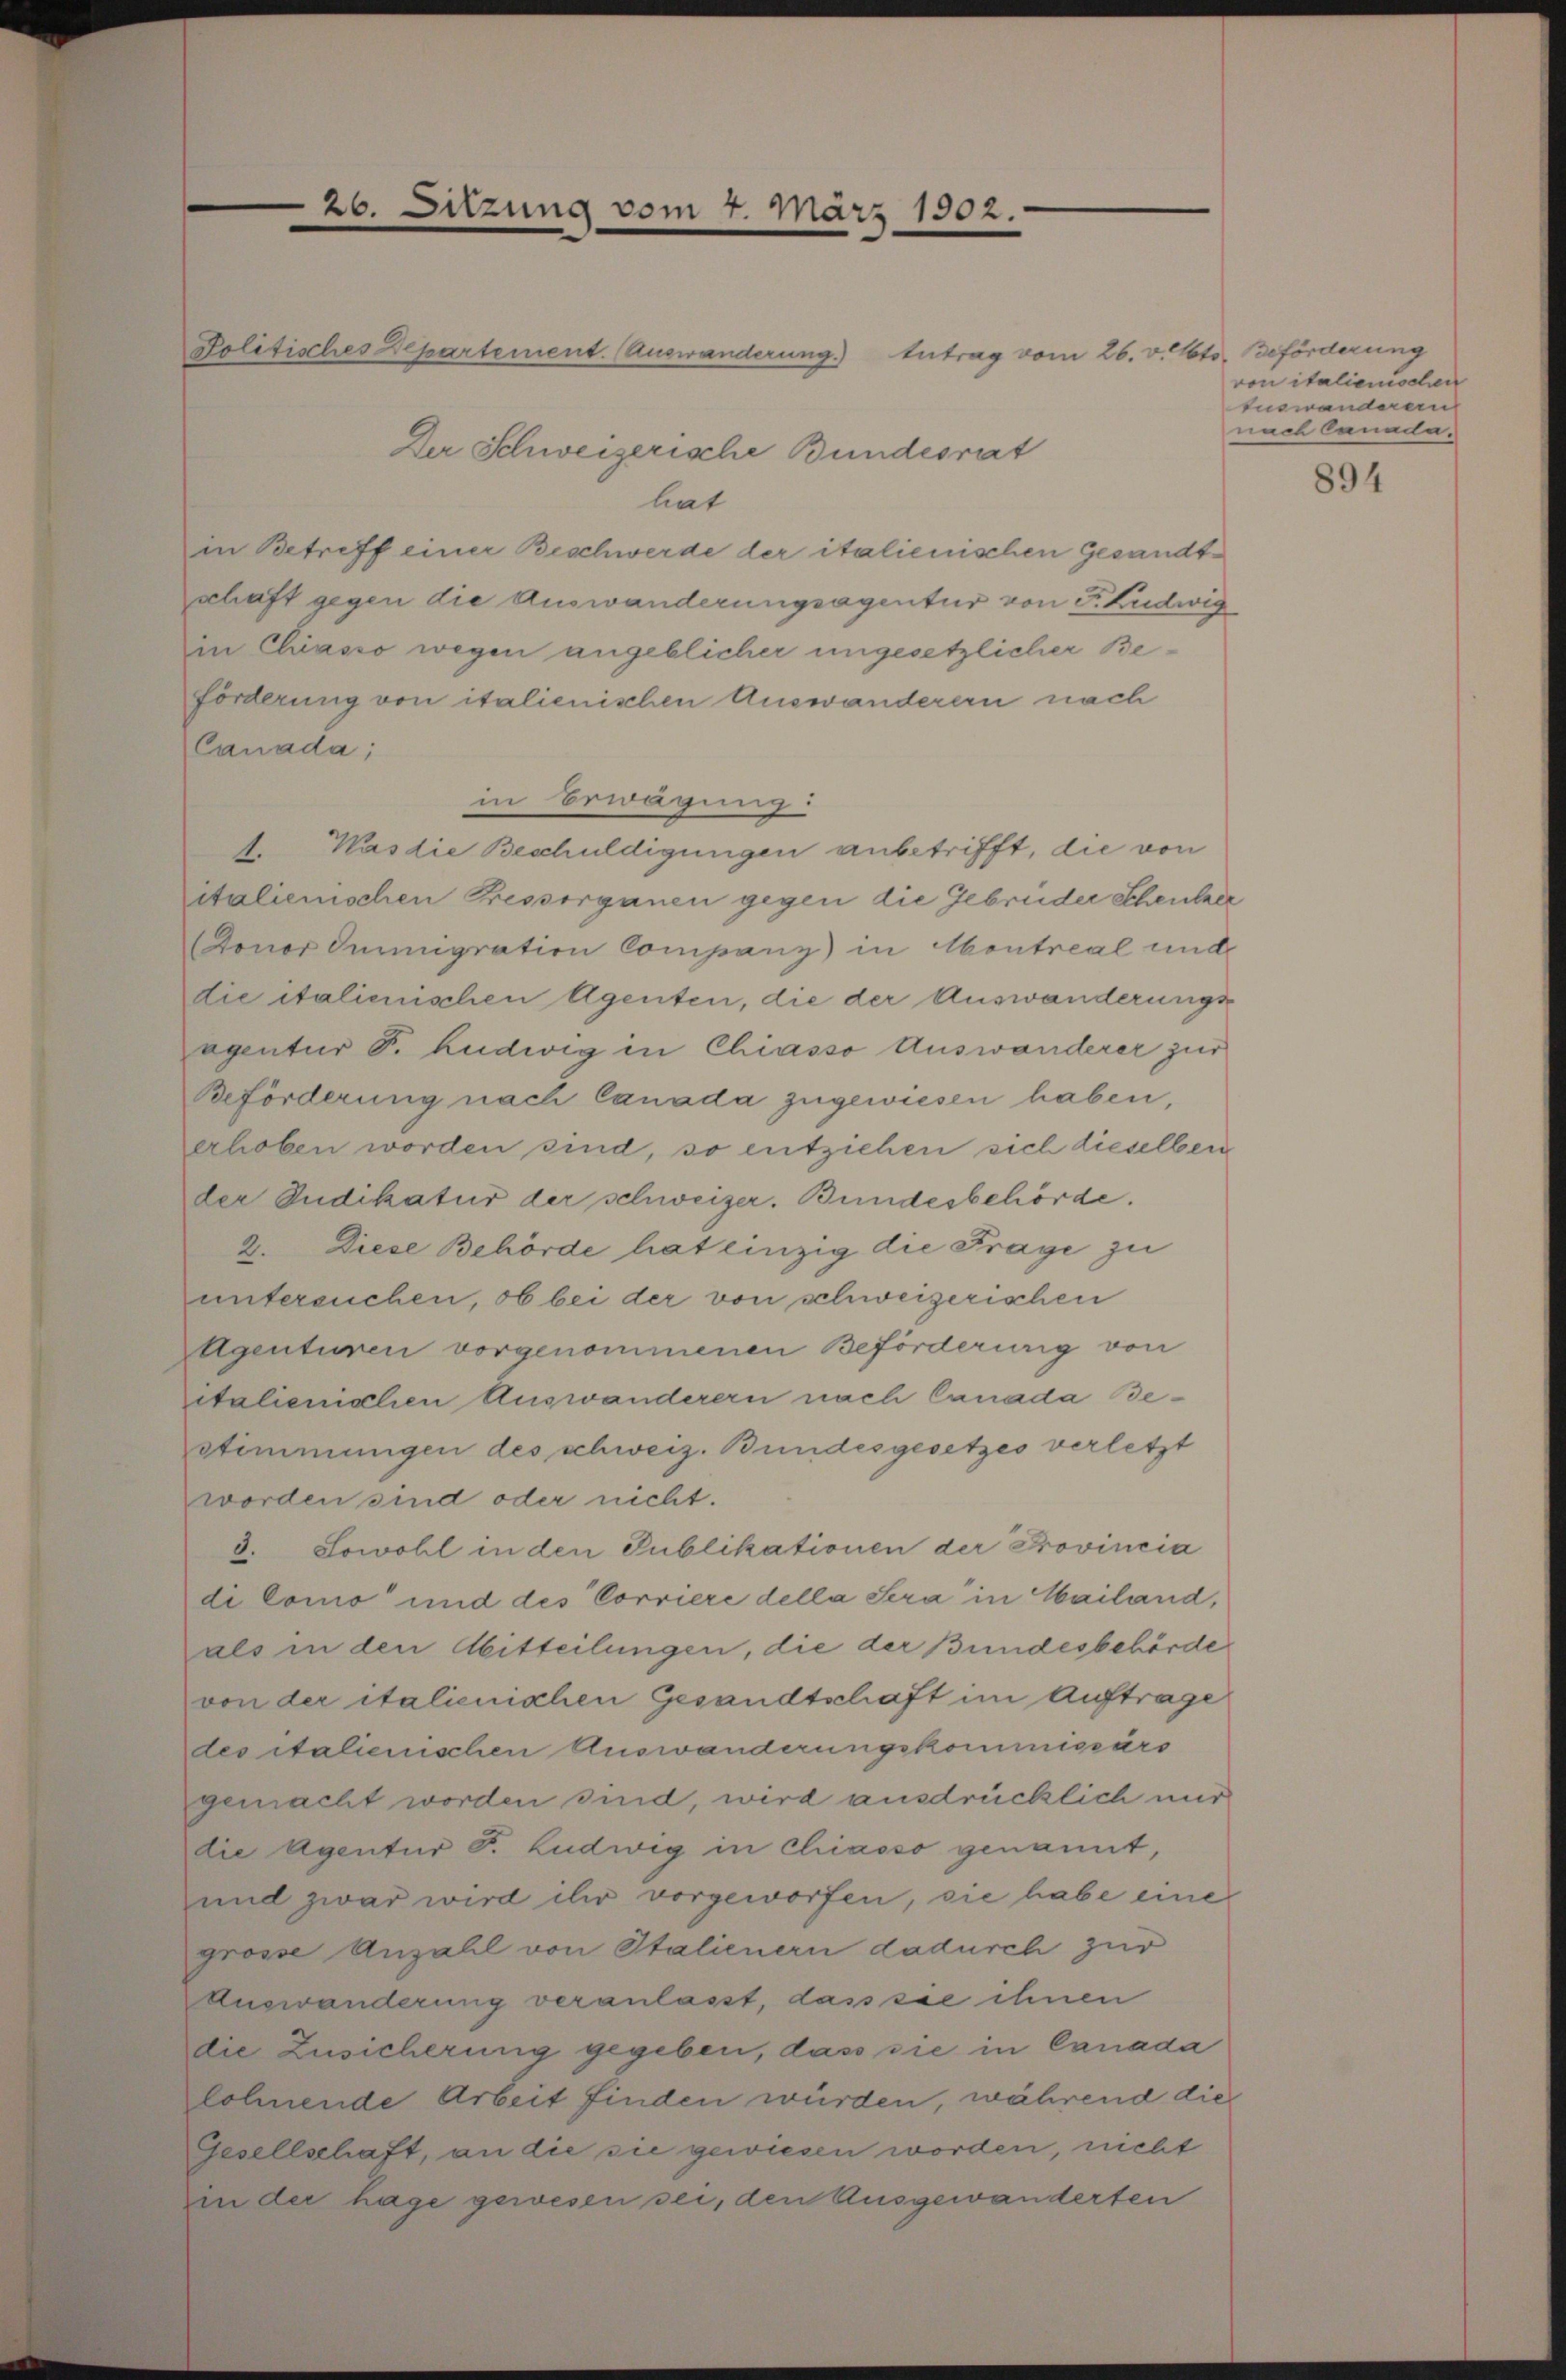
26. Sitzung vom 7. März 1902

Politisches Departement. (Auswanderung.) Antrag vom 26. v. Mts. Beförderung
Der Schweizerische Bundesrat
hat
in Betreff einer Beschwerde der italienischen Gesandtschaft gegen die Auswanderungsagentur von Fr. Ludwig
in Chiasso wegen angeblicher ungesetzlicher Be¬
Förderung von italienischen Auswanderern nach
Canada;
in Erwägung:
1. Was die Beschuldigungen anbetrifft, die von
italienischen Pressorganen gegen die Gebrüder Scheutzer
Toner Immigration Companz) in entreal und
die italienischen Agenten, die der Auswanderungs-
agentur P. Ludwig in Chiasso Auswanderer zur
Beförderung nach Canada zugewiesen haben,
erhoben worden sind, so entziehen sich dieselben
der Judikatur der schweizer. Bundesbehörde.
2. Diese Behörde hat einzig die Frage zu
untersuchen, ob bei der von schweizerischen
Agenturen vorgenommenen Beförderung von
italienischen Auswanderern nach Canada Bestimmungen des schweiz. Bundesgesetzes verletzt
worden sind oder nicht.
d. Sowohl in den Publikationen der Provincia
di Como und des Corriere della Sera in Mailand,
als in den Abitteilungen, die der Bundesbehörde
von der italienischen Gesandtschaft im Auftrage
des italienischen Auswanderungskommissärs
gemacht worden sind, wird ausdrücklich mir
die Agentur F. Ludwig in Chiasso genannt,
und zwar wird ihr vorgeworfen, sie habe eine
grosse Anzahl von Italienern dadurch zur
Auswanderung veranlasst, dass sie ihnen
die Zusicherung gegeben, dass sie in Canada
lohnende Arbeit finden würden, während die
Gesellschaft, an die sie gewiesen worden, nicht
in der hage gewesen sei, den Ausgewanderten

von italienischen
Euswanderen
nach Canada,

894